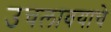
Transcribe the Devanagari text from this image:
उचलावयाचे